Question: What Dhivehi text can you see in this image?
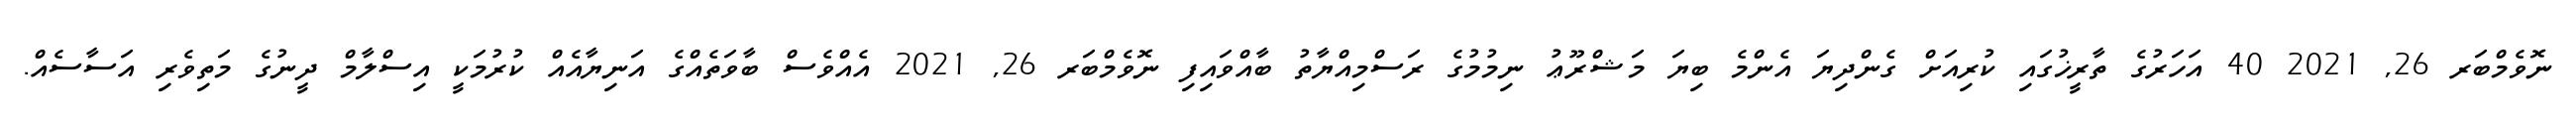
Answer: ނޮވެމްބަރ 26, 2021 40 އަހަރުގެ ތާރީޚުގައި ކުރިއަށް ގެންދިޔަ އެންމެ ބިޔަ މަޝްރޫޢު ނިމުމުގެ ރަސްމިއްޔާތު ބާއްވައިފި ނޮވެމްބަރ 26, 2021 އެއްވެސް ބާވަތެއްގެ އަނިޔާއެއް ކުރުމަކީ އިސްލާމް ދީނުގެ މަތިވެރި އަސާސެއް.